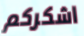
اشكركم